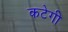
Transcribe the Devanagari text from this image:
कटेगी